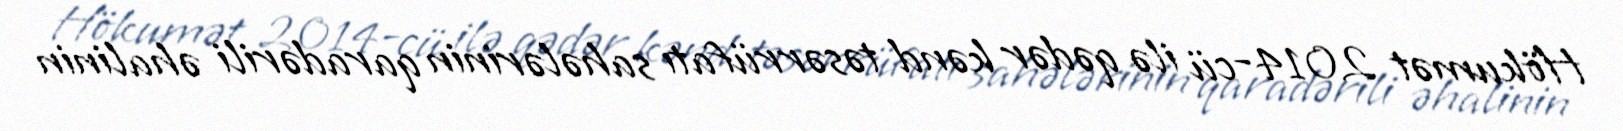
Hökumət 2014-cü ilə qədər kənd təsərrüfatı sahələrinin qaradərili əhalinin